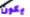
يكون